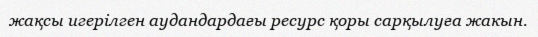
жақсы игерілген аудандардағы ресурс қоры сарқылуға жакын.